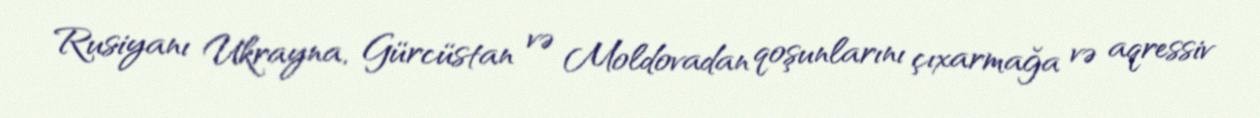
Rusiyanı Ukrayna, Gürcüstan və Moldovadan qoşunlarını çıxarmağa və aqressiv